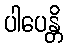
ပါပေန္တိ